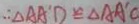
\therefore \Delta A A ^ { \prime } D \cong \Delta A A ^ { \prime } C